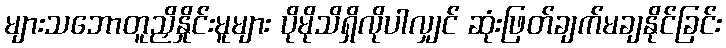
များသဘောတူညှိနှိုင်းမူများ ပိုမိုသိရှိလိုပါလျှင် ဆုံးဖြတ်ချက်မချနိုင်ခြင်း